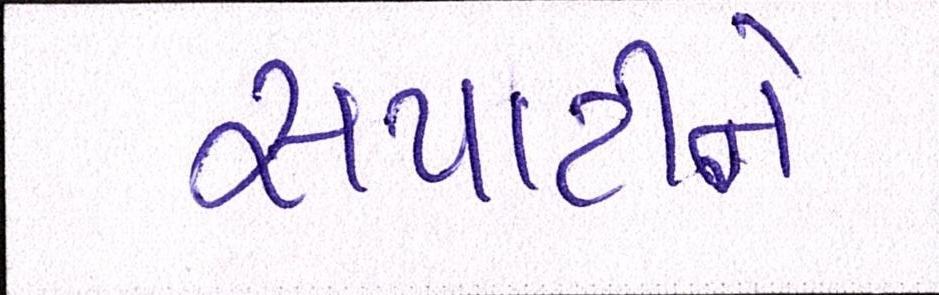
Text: સપાટીને